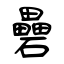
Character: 礨